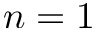
n = 1